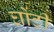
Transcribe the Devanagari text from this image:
घोंटी